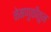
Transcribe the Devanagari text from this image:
नेमणुकीतुन